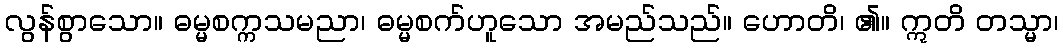
လွန်စွာသော။ ဓမ္မစက္ကသမညာ၊ ဓမ္မစက်ဟူသော အမည်သည်။ ဟောတိ၊ ၏။ ဣတိ တသ္မာ၊